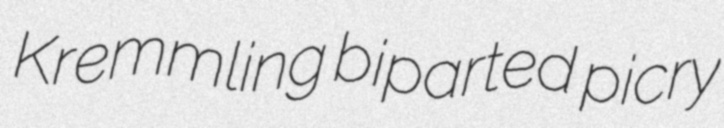
Kremmling biparted picry